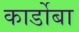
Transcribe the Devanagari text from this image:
कार्डोबा